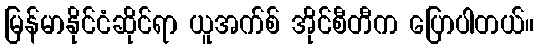
မြန်မာနိုင်ငံဆိုင်ရာ ယူအက်စ် အိုင်စီတီက ပြောပါတယ်။